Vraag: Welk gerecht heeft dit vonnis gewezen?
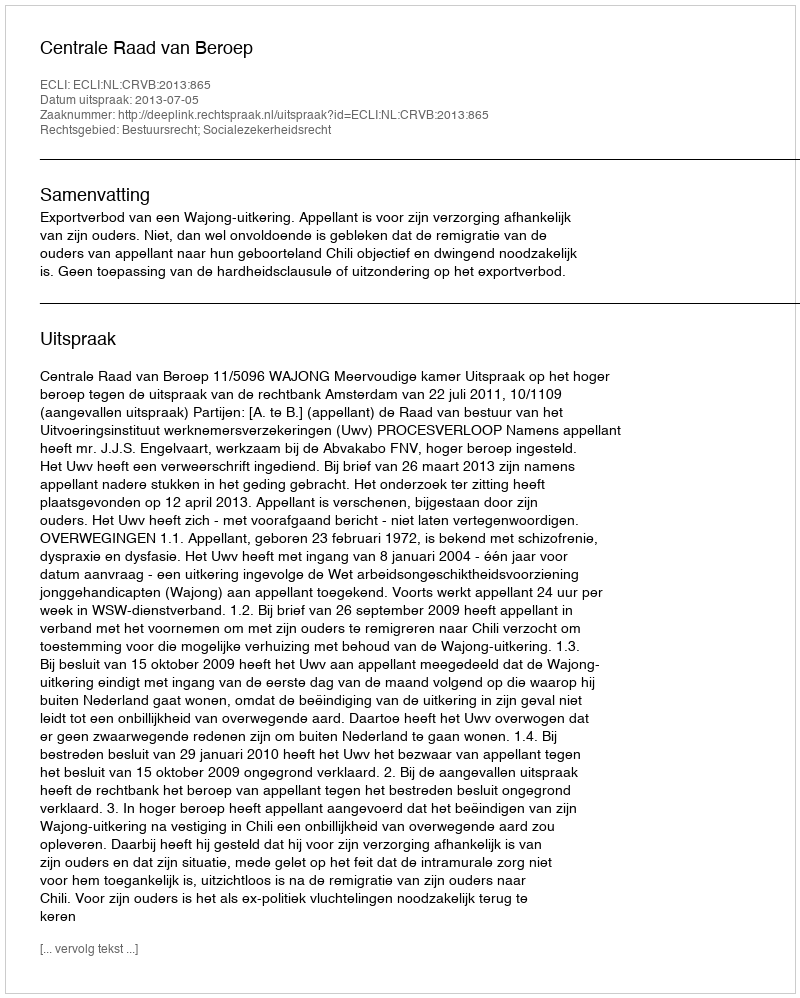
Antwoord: Centrale Raad van Beroep